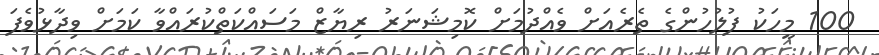
100 މީހަކު ފުލުހުންގެ ތެރެއަށް ވެއްދުމަށް ކޮމިޝަނަރު ރިޔާޒް މަސައްކަތްކުރައްވާ ކަމަށް ވިދާޅުވެފަ